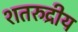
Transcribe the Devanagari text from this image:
शतरुद्रीय